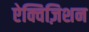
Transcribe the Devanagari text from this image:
ऐक्विज़िशन